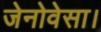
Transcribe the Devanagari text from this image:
जेनोवेसा।